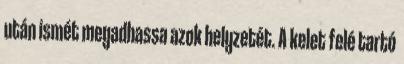
után ismét megadhassa azok helyzetét. A kelet felé tartó